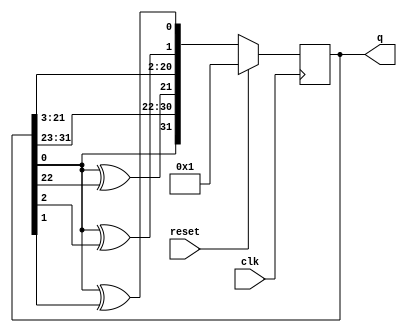
module top_module(
    input clk,
    input reset,    // Active-high synchronous reset to 32'h1
    output [31:0] q
); 
    
    reg [31:0] ans;
    
    always @(*) begin
        ans = q[31:1];
        ans[31] = q[0] ^ 1'b0;
        ans[21] = q[0] ^ q[22];
        ans[1] = q[0] ^ q[2];
        ans[0] = q[0] ^ q[1];
    end
    
    always @(posedge clk) begin
        if(reset)
            q <= 32'h1;
        else
            q <= ans;
    end

endmodule